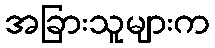
အခြားသူများက